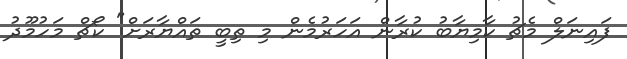
ފައިނަލް މެޗު ކާމިޔާބު ކުރާން އަހަރުމެން މި ތިބީ ތައްޔާރަށް" ކޯޗް މަހުމޫދު